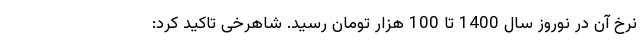
نرخ آن در نوروز سال 1400 تا 100 هزار تومان رسید. شاهرخی تاکید کرد: